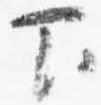
下